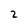
Character: 2